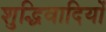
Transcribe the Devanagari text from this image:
शुद्धिवादियों